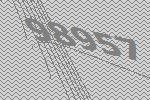
98957